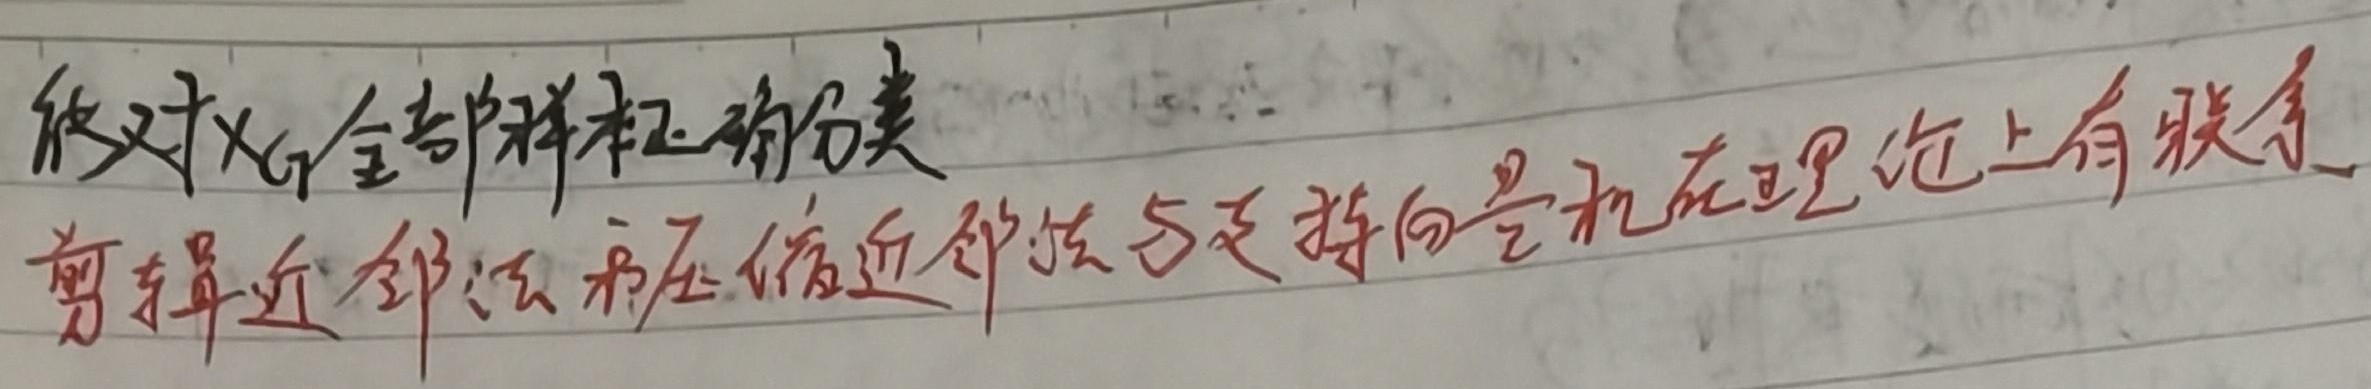
能对 \(x\) 的全部样本正确分类。剪辑近邻法和压缩近邻法与支持向量机在理论上有联系。